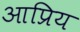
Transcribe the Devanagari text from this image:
आप्रिय